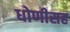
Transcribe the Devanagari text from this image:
धोणीसह